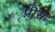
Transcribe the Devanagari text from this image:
प्रीस